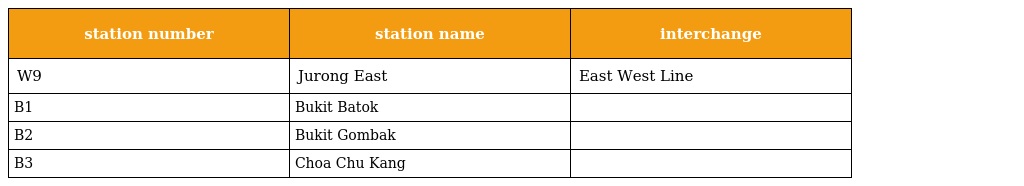
| station number | station name | interchange |
 | --- | --- | --- |
 | W9 | Jurong East | East West Line |
 | B1 | Bukit Batok |  |
 | B2 | Bukit Gombak |  |
 | B3 | Choa Chu Kang |  |